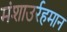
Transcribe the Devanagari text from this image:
मंशाउर्रहमान